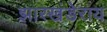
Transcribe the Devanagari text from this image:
झारखंडेराय